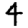
Digit: 4